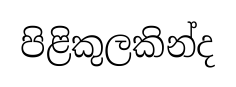
පිළිකුලකින්ද